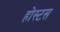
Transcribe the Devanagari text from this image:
होस्टस